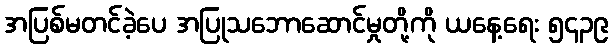
အပြစ်မတင်ခဲ့ပေ အပြုသဘောဆောင်မှုတို့ကို ယနေ့ရေး ၅၄၃၉